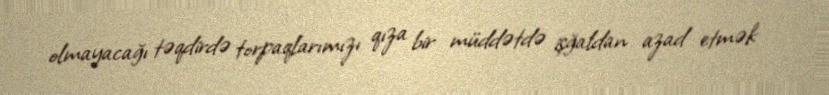
olmayacağı təqdirdə torpaqlarımızı qıza bir müddətdə işğaldan azad etmək